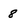
Character: 8